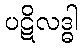
ပဋိလဒ္ဓါ